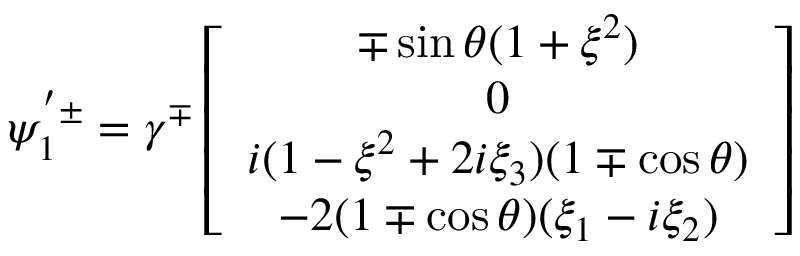
\psi _ { 1 } ^ { ' \pm } = \gamma ^ { \mp } \left[ \begin{array} { c } { { \mp \sin \theta ( 1 + \xi ^ { 2 } ) } } \\ { { 0 } } \\ { { i ( 1 - \xi ^ { 2 } + 2 i \xi _ { 3 } ) ( 1 \mp \cos \theta ) } } \\ { { - 2 ( 1 \mp \cos \theta ) ( \xi _ { 1 } - i \xi _ { 2 } ) } } \end{array} \right]